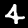
Label: 4